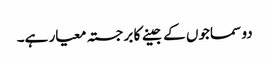
دو سماجوں کے جینے کا برجستہ معیار ہے۔